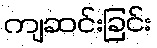
ကျဆင်းခြင်း